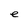
Character: e